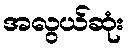
အလွယ်ဆုံး